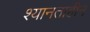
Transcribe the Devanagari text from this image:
श्यानताहीन